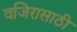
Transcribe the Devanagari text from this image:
वजिरासाठी